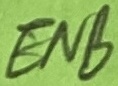
Text: ENB